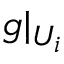
g | _ { U _ { i } }